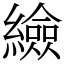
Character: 䌞